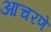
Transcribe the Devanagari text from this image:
आचरणे